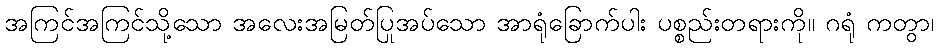
အကြင်အကြင်သို့သော အလေးအမြတ်ပြုအပ်သော အာရုံခြောက်ပါး ပစ္စည်းတရားကို။ ဂရုံ ကတွာ၊